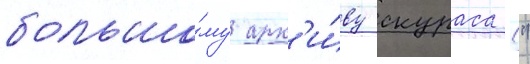
большо́му арх'и́ву скураса ("